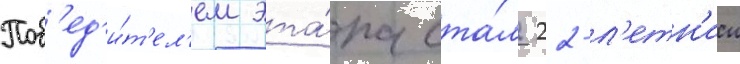
Поб'ед'и́т'ел'ем эта́па ста́л 22-л'етн'ии